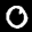
Label: 0